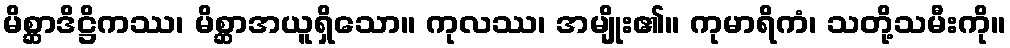
မိစ္ဆာဒိဋ္ဌိကဿ၊ မိစ္ဆာအယူရှိသော။ ကုလဿ၊ အမျိုး၏။ ကုမာရိကံ၊ သတို့သမီးကို။